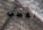
يغطي